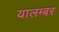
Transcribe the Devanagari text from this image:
यालम्बर